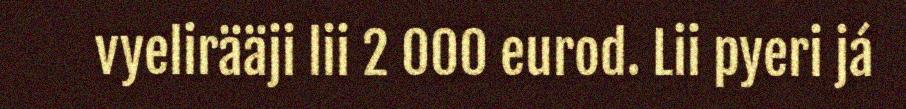
vyelirääji lii 2 000 eurod. Lii pyeri já